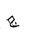
Letter: _gim